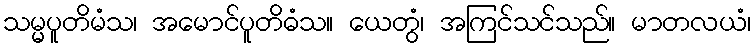
သမ္မပူတိမံသ၊ အမောင်ပူတိဓံသ။ ယေတွံ၊ အကြင်သင်သည်။ မာတလယံ၊